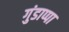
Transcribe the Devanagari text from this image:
गुंडाप्पा